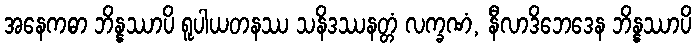
အနေကဓာ ဘိန္နဿာပိ ရူပါယတနဿ သနိဒဿနတ္တံ လက္ခဏံ, နီလာဒိဘေဒေန ဘိန္နဿာပိ